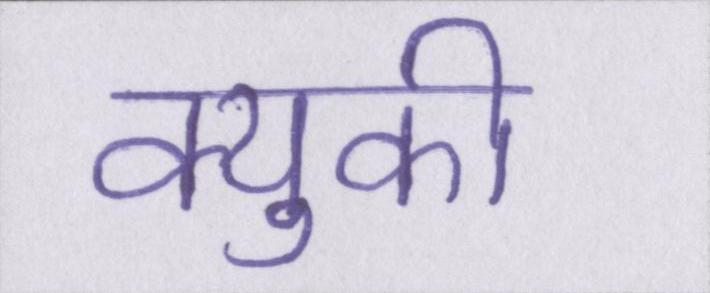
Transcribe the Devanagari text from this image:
क्युकी